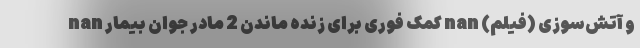
و آتش‌سوزی (فیلم) nan کمک فوری برای زنده ماندن 2 مادر جوان بیمار nan